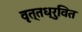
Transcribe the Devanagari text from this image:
वृत्तध्रुवित